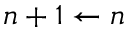
n + 1 \leftarrow n